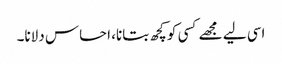
اسی لیے مجھے کسی کو کچھ بتانا، احساس دلانا۔